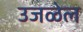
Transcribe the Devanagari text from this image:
उजळेल